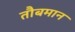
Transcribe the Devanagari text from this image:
तौबमान